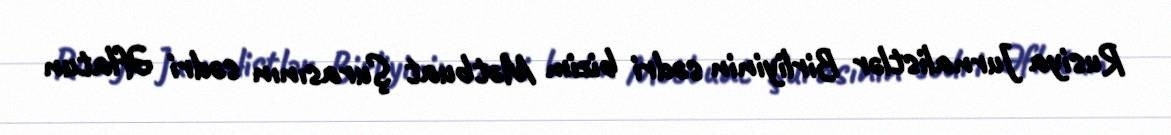
Rusiya Jurnalistlər Birliyinin sədri bizim Mətbuat Şurasının sədri Əflatun